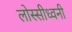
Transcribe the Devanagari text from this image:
लोस्सीध्वनी